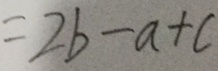
= 2 b - a + c